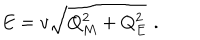
LaTeX: E = v \sqrt { Q _ { M } ^ { 2 } + Q _ { E } ^ { 2 } } \, \, .